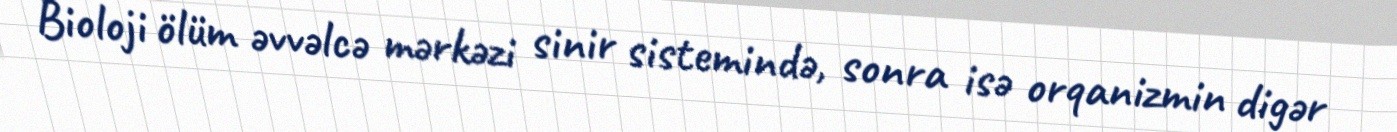
Bioloji ölüm əvvəlcə mərkəzi sinir sistemində, sonra isə orqanizmin digər